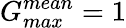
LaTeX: G_{max}^{mean}=1